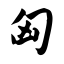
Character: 匈